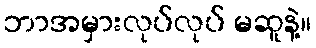
ဘာအမှားလုပ်လုပ် မဆူနဲ့။